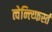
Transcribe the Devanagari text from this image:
त्वेन्त्य्फिर्स्त